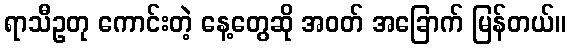
ရာသီဥတု ကောင်းတဲ့ နေ့တွေဆို အဝတ် အခြောက် မြန်တယ်။